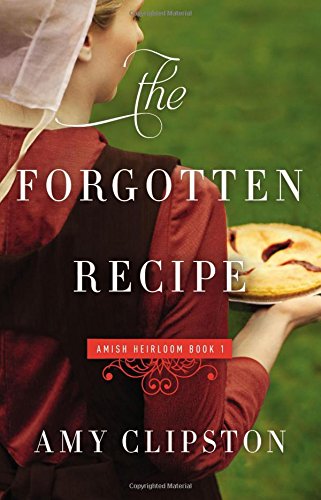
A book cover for The Forgotten Recipe (An Amish Heirloom Novel); Amy Clipston; Romance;